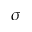
\sigma